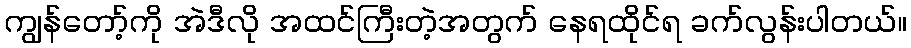
ကျွန်တော့်ကို အဲဒီလို အထင်ကြီးတဲ့အတွက် နေရထိုင်ရ ခက်လွန်းပါတယ်။